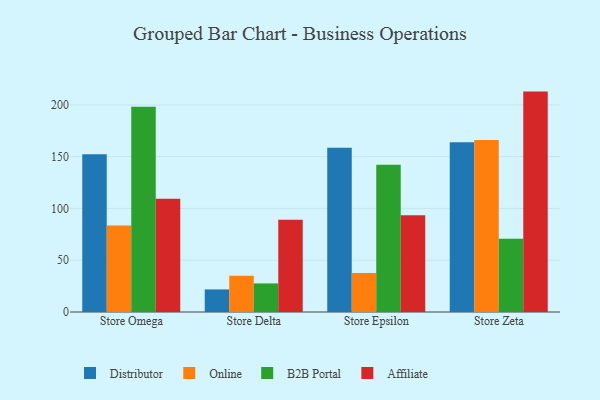
{"axis": {"x": "Store", "y": "Shipments"}, "legend": ["Affiliate", "B2B Portal", "Distributor", "Online"], "data": [{"x": "Store Omega", "y": 152.4, "type": "Distributor"}, {"x": "Store Omega", "y": 83.6, "type": "Online"}, {"x": "Store Omega", "y": 198.1, "type": "B2B Portal"}, {"x": "Store Omega", "y": 109.4, "type": "Affiliate"}, {"x": "Store Delta", "y": 21.8, "type": "Distributor"}, {"x": "Store Delta", "y": 35.0, "type": "Online"}, {"x": "Store Delta", "y": 27.6, "type": "B2B Portal"}, {"x": "Store Delta", "y": 89.0, "type": "Affiliate"}, {"x": "Store Epsilon", "y": 158.7, "type": "Distributor"}, {"x": "Store Epsilon", "y": 37.6, "type": "Online"}, {"x": "Store Epsilon", "y": 142.2, "type": "B2B Portal"}, {"x": "Store Epsilon", "y": 93.5, "type": "Affiliate"}, {"x": "Store Zeta", "y": 163.9, "type": "Distributor"}, {"x": "Store Zeta", "y": 166.1, "type": "Online"}, {"x": "Store Zeta", "y": 70.8, "type": "B2B Portal"}, {"x": "Store Zeta", "y": 212.8, "type": "Affiliate"}]}